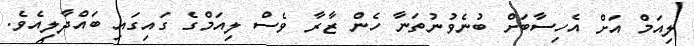
ލިއަމް އަށް އެހިސާބަށް ބުނެވުނުތަނާ ހެން ޒާރާ ވެސް ލިއަމްގެ ގައިގައި ބައްދާލިއެވެ.